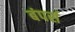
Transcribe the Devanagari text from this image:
बंपर्स